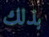
بذلك